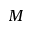
M